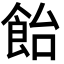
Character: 飴